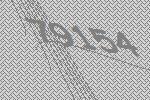
79154